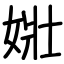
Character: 𡝂